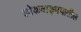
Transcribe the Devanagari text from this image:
लोकवाङ्‍मयातील